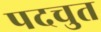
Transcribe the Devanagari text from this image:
पदचुत